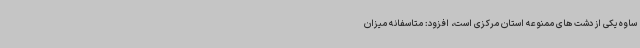
ساوه یکی از دشت های ممنوعه استان مرکزی است، افزود: متاسفانه میزان